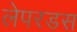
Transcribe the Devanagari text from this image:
लेपरडस